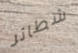
شطائر